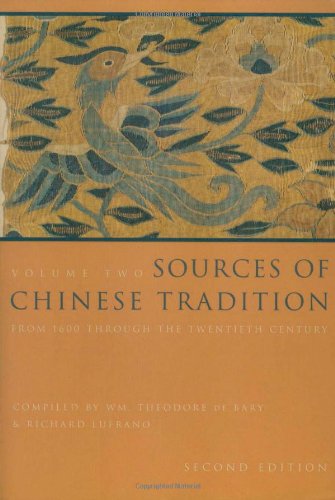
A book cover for Sources of Chinese Tradition, Vol. 2: From 1600 Through the Twentieth Century (Introduction to Asian Civilizations); Travel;